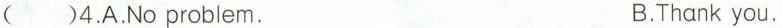
( )4.A.No problem. B.Thank you.